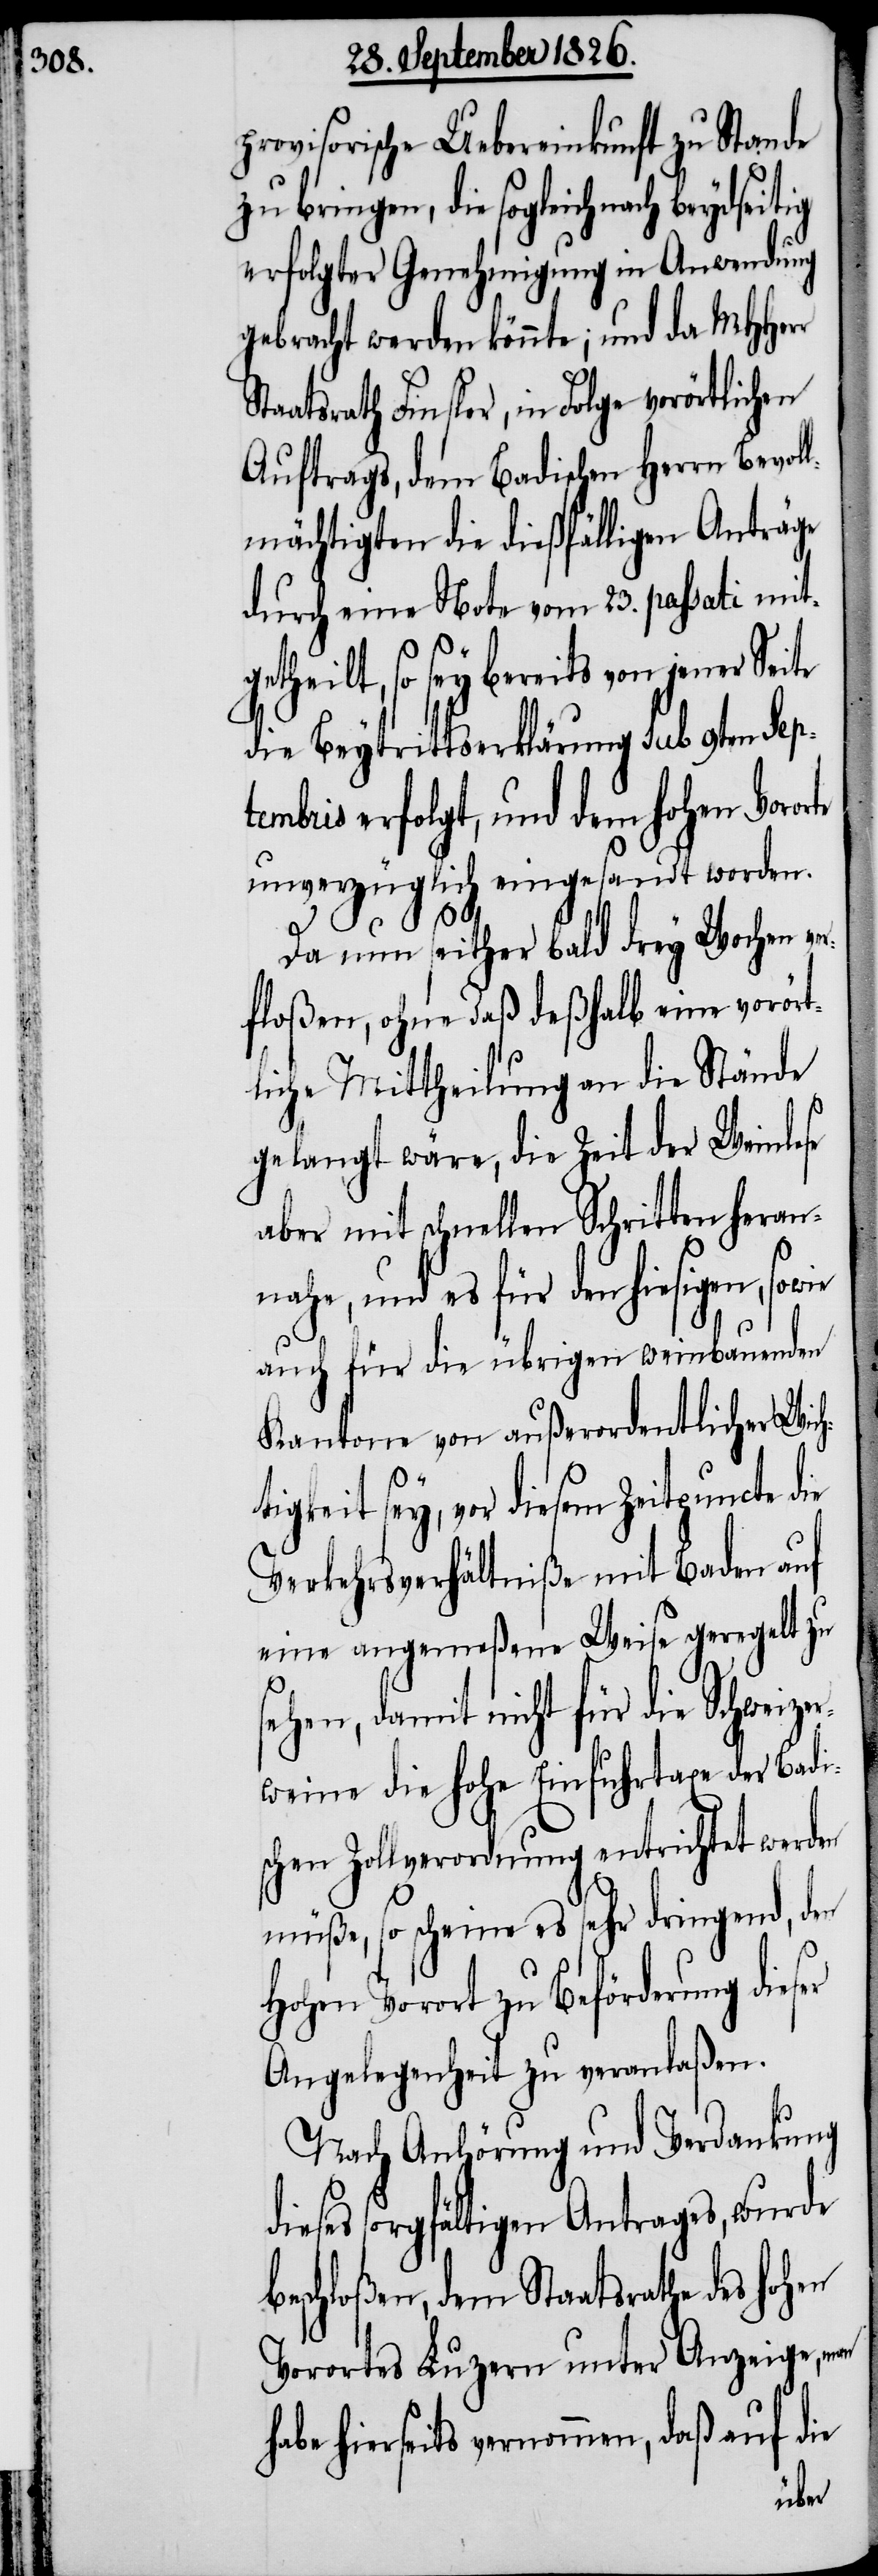
provisorische Uebereinkunft zu Stande
zu bringen, die sogleich nach beydseitig
erfolgter Genehmigung in Anwendung
gebracht werden könnte; und da MHHerr
Staatsrath Finsler, in Folge vorörtlichen
Auftrags, dem Badischen Herrn Bevol¬
lmächtigten die dießfälligen Anträge
durch eine Note vom 23. passati mit¬
getheilt, so sey bereits von jener Seite
die Beytrittserklärung sub 9ten Sep¬
tembris erfolgt, und dem hohen Voror¬
unverzüglich eingesandt worden.
te
Da nun seither bald drey Wochen ver¬
floßen, ohne daß deßhalb eine vorört¬
liche Mittheilung an die Stände
gelangt wäre, die Zeit der Weinlese
aber mit schnellen Schritten heran¬
nahe, und es für den hiesigen, sowie
auch für die übrigen weinbauenden
Kantone von außerordentlicher Wich¬
tigkeit sey, vor diesem Zeitpuncte
Verkehrsverhältniße mit Baden auf
eine angemeßene Weise geregelt zu
sehen, damit nicht für die Schweize¬
rweine die hohe Einfuhrtaxe der Badi¬
schen Zollverordnung entrichtet werden
müße, so scheine es sehr dringend, den
hohen Vorort zu Beförderung dieser
Angelegenheit zu veranlaßen.
Nach Anhörung und Verdankung
dieses sorgfältigen Antrages, wurde
beschloßen, dem Staatsrathe des hohen
Vorortes Luzern unter Anzeige,
hierseits vernommen, daß auf die